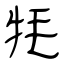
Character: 牦